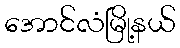
အောင်လံမြို့နယ်